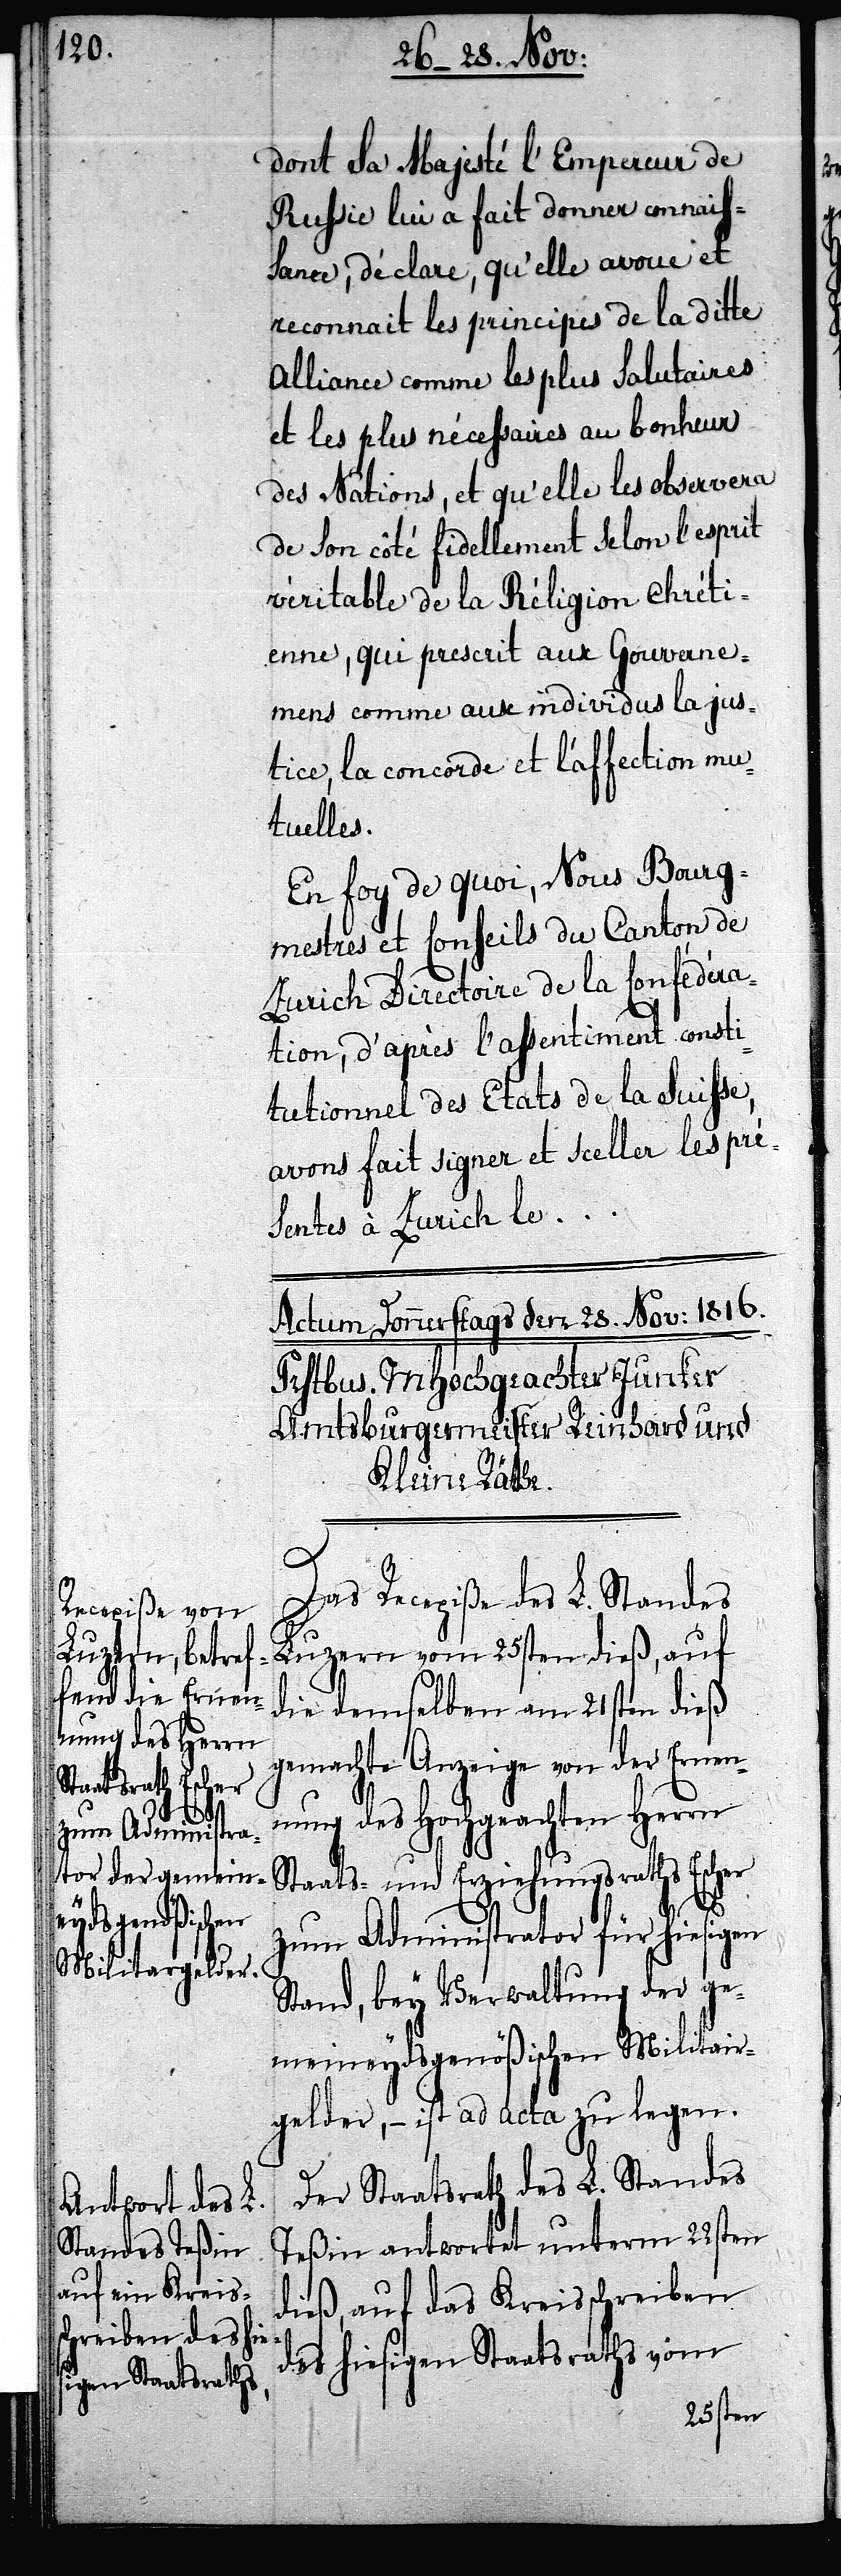
dont La majesté Empereur de
Russie lui a fait donner connais¬
sance, déclare, qu’elle avoue et
reconnait les principes de la ditte
Alliance comme les plus salutaires
et les plus nécessaires au bonheur
des Nations, et qu’elle les observera
de son côté fidellement selon l’esprit
vèritable de la Réligion chrèti¬
enne, qui prescrit aux Gouvane¬
mens comme aux individus la jus¬
tice, la concorde et l’affection mu¬
tuelles.
En foy de quoi, Nous Bourg¬
mestres et Conseils du Canton de
Zurich Directore de la confédéra¬
tion, d’après L’assentiment consti¬
tutionnel des Etats de la Suisse,
avons fait signer et sceller les prè¬
sentes à Zurich le …
Das Recepiße des L. Standes
Luzern vom 25sten dieß, auf
die demselben am 21sten dieß
gemachte Anzeige von der Ernen¬
nung des Hochgeachten Herrn
Staats- und Erziehungsraths Escher
zum Administrator für hiesigen
Stand, bey Verwaltung der ge¬
meineydsgenößischen Militair¬
gelder, – ist ad acta zu legen.
Der Staatsrath des L. Standes
Teßin antwortet unterm 22sten
dieß, auf das Kreisschreiben
des hiesigen Staatsraths vom